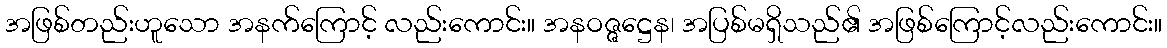
အဖြစ်တည်းဟူသော အနက်ကြောင့် လည်းကောင်း။ အနဝဇ္ဇဋ္ဌေန၊ အပြစ်မရှိသည်၏ အဖြစ်ကြောင့်လည်းကောင်း။